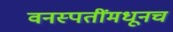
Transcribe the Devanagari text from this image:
वनस्पतींमधूनच